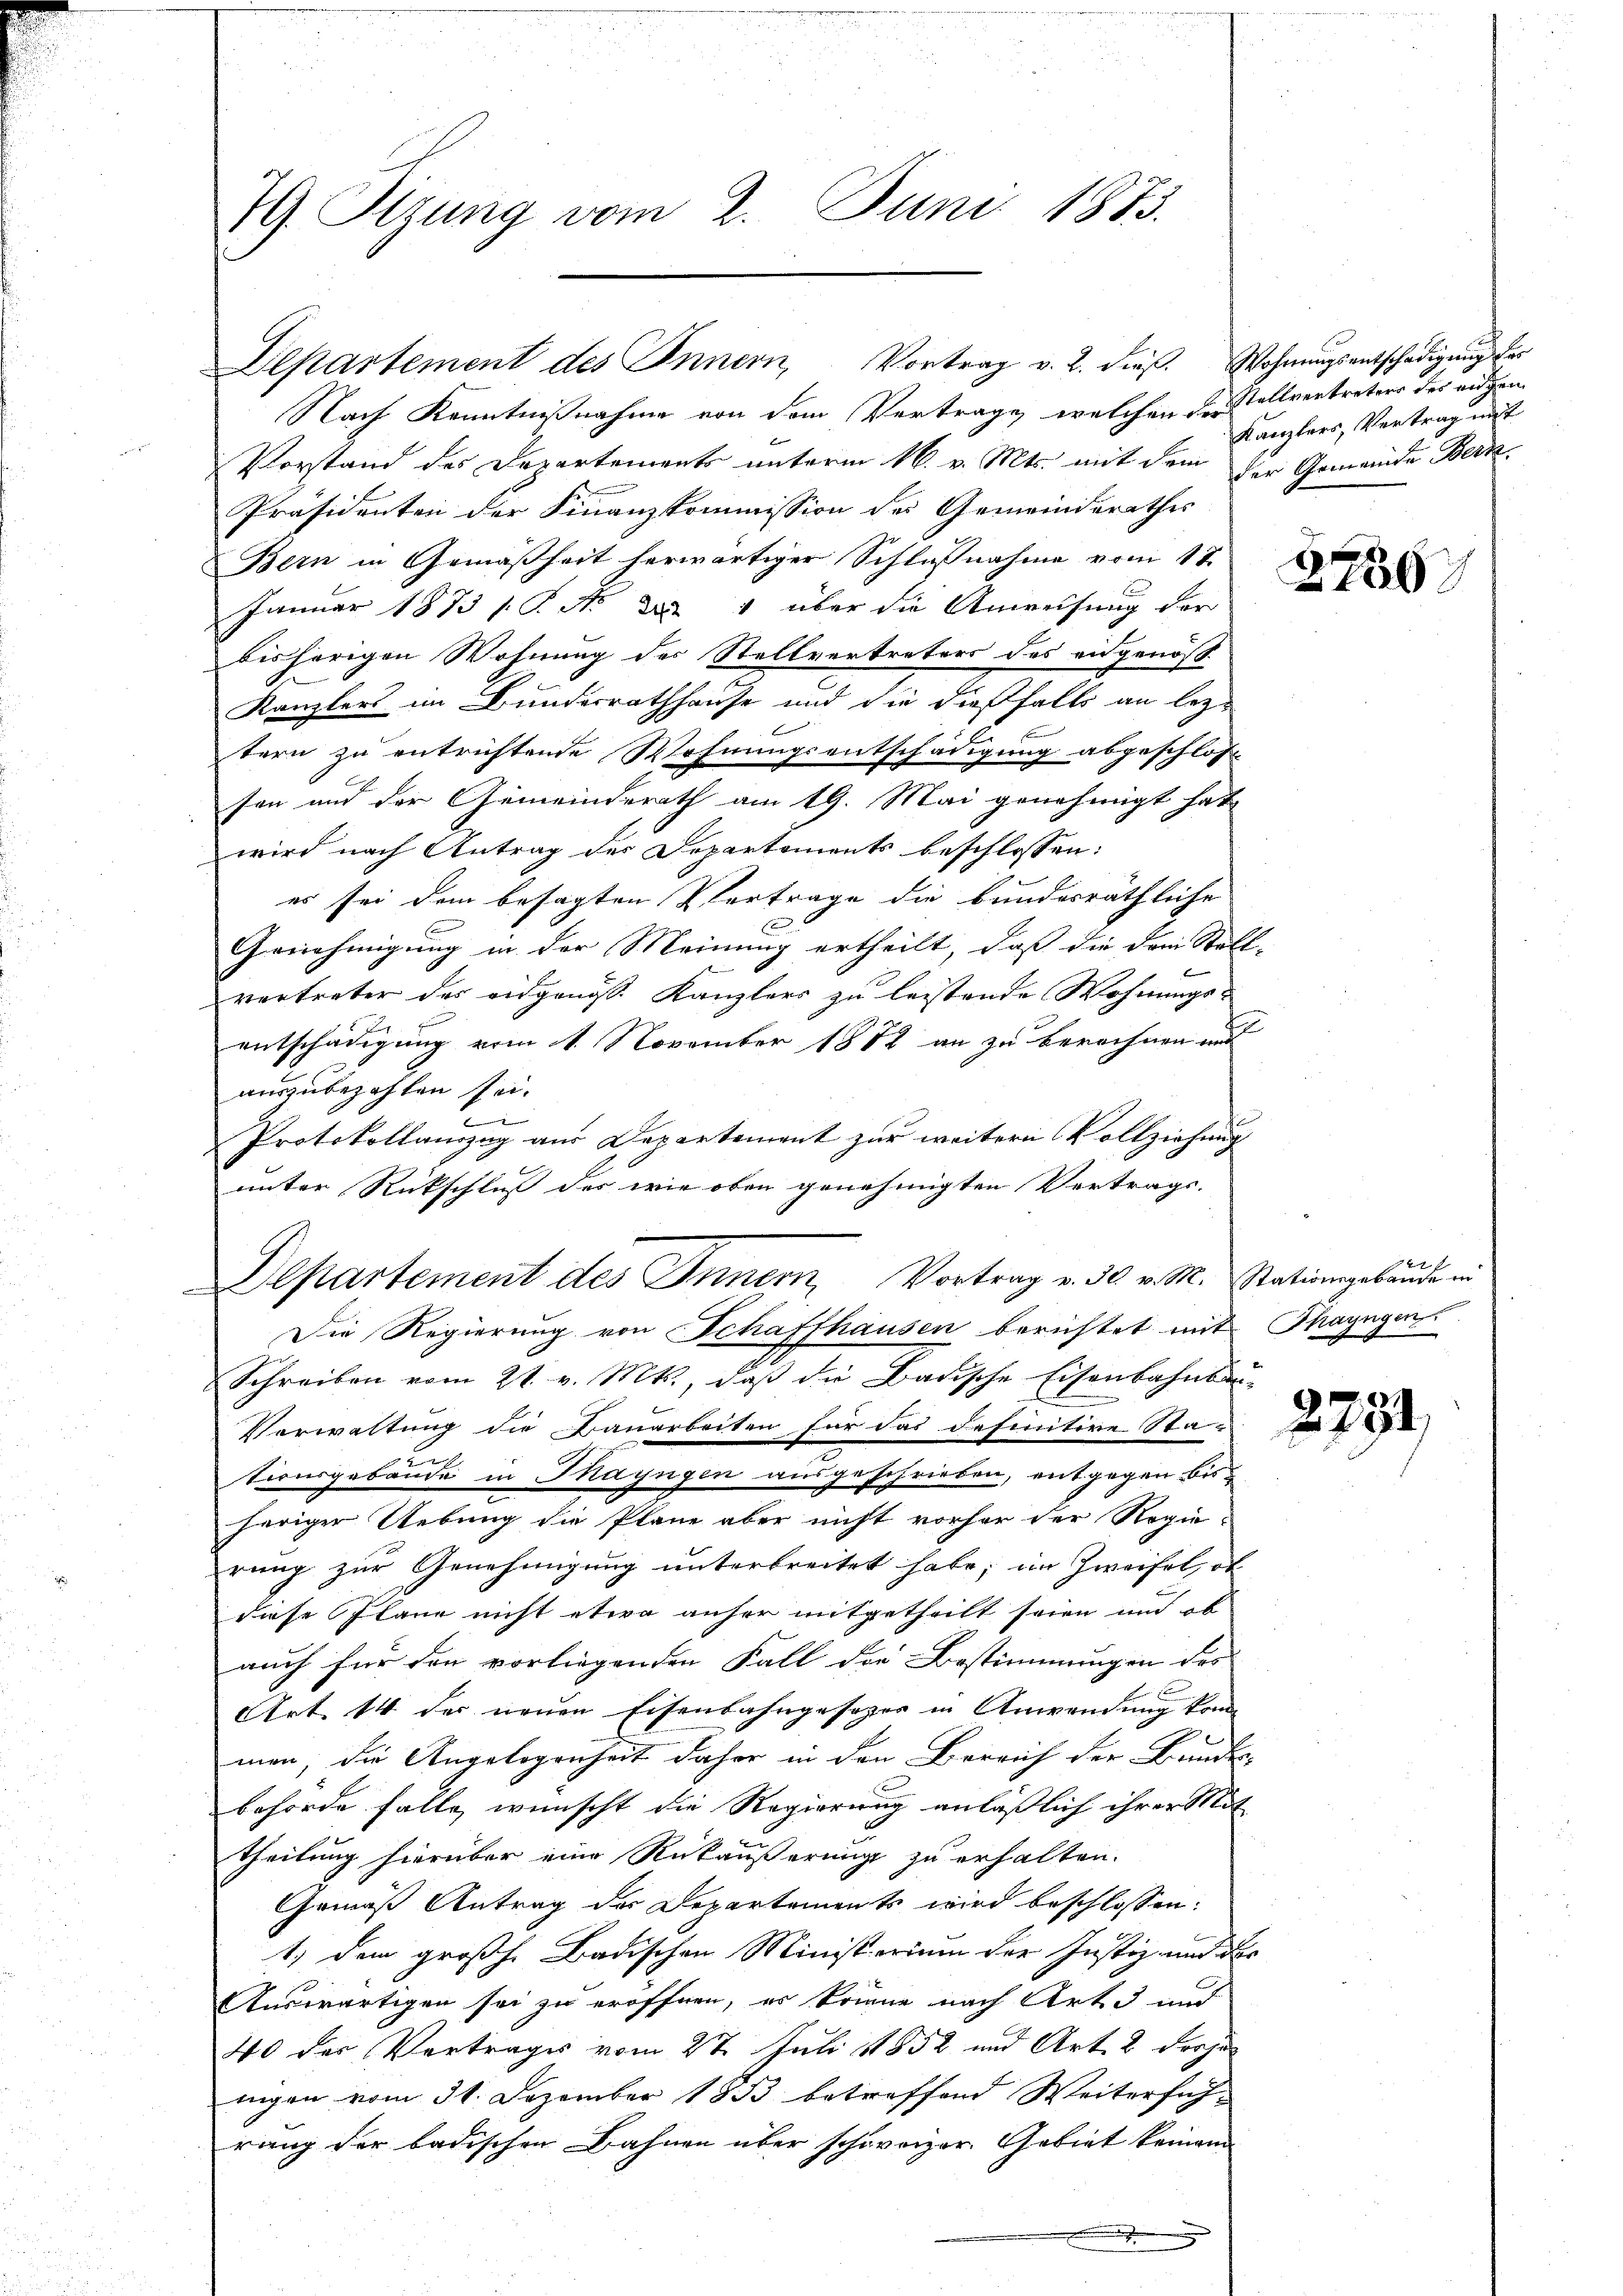
79. Sizung vom 2. Juni 1873.

Nach Kenntnißnahme von dem Vertrage, welchen der allvertreters des eidgen
Vorstand des Departements unterm 16. v. Mts. mit dem der Gemeinde Berne
Präsidenten der Finanzkommission des Gemeinderathes
Bern in Gemäßheit herwärtiger Schlußnahme vom 17.
Januar 1873 1. P. Nr. 25 " über die Anweisung der
bisherigen Wohnung des Stellvertreters des eidgenöß
Kanzlers im Bundesrathhause und die dießfalls an leztern zu entrichtende Wohnungsentschädigung abgeschlos
son und der Gemeinderath am 19. Mai genehmigt hat
wird nach Antrag des Departements beschlossen:
es sei dem besagten Vertrage die bundesräthliche
Genehmigung in der Meinung ertheilt, daß die dem Stall-
f
vertreter das eidgenöss. Kanzlers zu leistende Wohnungsentschädigung vom 1. November 1882 an zu berechnen und
auszubezahlen sei¬

Protokollanzug aus Departement zur weitern Vollziehung
unter Rückschluss des wie oben genehmigten Vertrags-
Departement des Innern, Vortrag v. 30 v. M. Rationsgebäude in
Die Regierung von Schaffhausen berichtet mit Thayngen
Schreiben vom 21. v. Mts., daβ die Badische Eisenbahnba
Verwaltung die Bauarbeiten für das definitive Sta-
tionsgebäude in Mayngen ausgeschrieben, entgegen bisheriger Uebung die Plane aber nicht vorher der Regierung zur Genehmigung unterbreitet habe; im Zweifel, ob
diese Plane nicht etwa anher mitgetheilt seien und ob
auch für den vorliegenden Fall die Bestimmungen des
Art. 14 der neuen Eisenbahngesager in Anwendung kommen; die Angelegenheit daher in den Bereich der Bundes-
behörde falle, wünscht die Regierung anläßlich ihrer Mit
u
theilung hierüber eine Rükäußerung zu erhalten.
Gemäß Antrag des Departements wird beschlossen:
1) dem großh. Badischen Ministerium der Justiz- und der
Auswärtigen sei zu eröffnen, er Sonne nach Art. 3 und
40 des Vertrages vom 27. Juli 1852 und Art. 2 dessel
nigen vom 31. Dezember 1833 betreffend Weiterfüh-
rang der badischen Bahnen über schweizer. Gebiet keinem

Departement des Innern, Vortrag v. 2. dieβ. Wohnŭngsentschädigung der

Kanzlers, Vertrag mit

2736